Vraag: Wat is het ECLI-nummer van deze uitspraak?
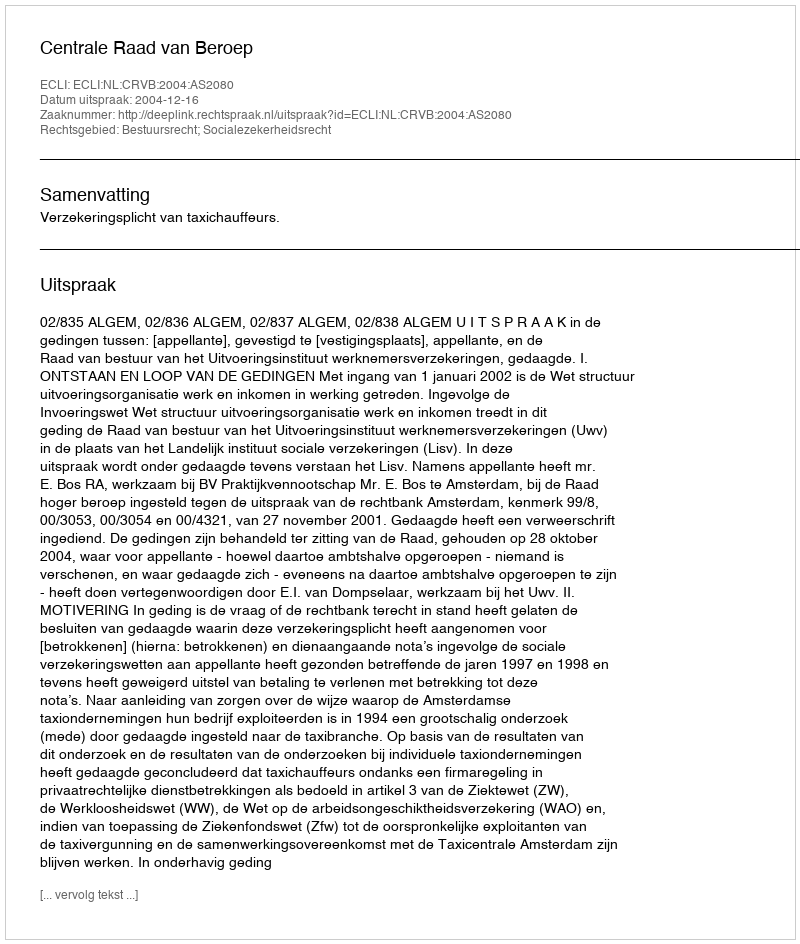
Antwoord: ECLI:NL:CRVB:2004:AS2080